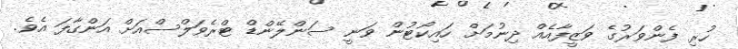
ހުރި ފެންވަރުގެ ވަޒީފާއެއް ދިނުމަށް ހައިކޯޓުން ވަނީ ސަންލޭންޑް ޓްރެވަލްސްއަށް އަންގާފަ އެވެ.